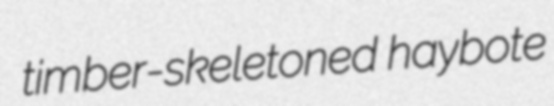
timber-skeletoned haybote